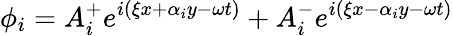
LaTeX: \phi_{i}=A_{i}^{+}e^{i(\xi x+\alpha_{i}y-\omega t)}+A_{i}^{-}e^{i(\xi x-\alpha_{i}y-\omega t)}